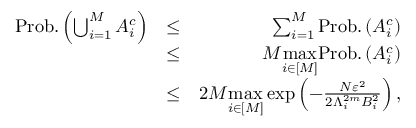
\begin{array} { r l r } { \mathrm { P r o b . } \left( \bigcup _ { i = 1 } ^ { M } { \cal { A } } _ { i } ^ { c } \right) } & { \le } & { \sum _ { i = 1 } ^ { M } \mathrm { P r o b . } \left( { \cal { A } } _ { i } ^ { c } \right) } \\ & { \le } & { M \underset { i \in [ M ] } { \operatorname* { m a x } } \mathrm { P r o b . } \left( { \cal { A } } _ { i } ^ { c } \right) } \\ & { \le } & { 2 M \underset { i \in [ M ] } { \operatorname* { m a x } } \exp \left( - \frac { N \varepsilon ^ { 2 } } { 2 \Lambda _ { i } ^ { 2 m } B _ { i } ^ { 2 } } \right) , } \end{array}